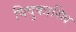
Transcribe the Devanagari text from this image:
विदुकास्थि